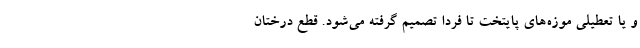
و یا تعطیلی موزه‌های پایتخت تا فردا تصمیم گرفته می‌شود. قطع درختان